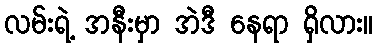
လမ်းရဲ့ အနီးမှာ အဲဒီ နေရာ ရှိလား။